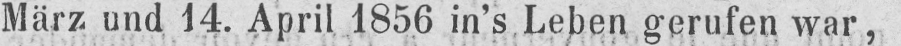
März und 14. April 1856 in’s Leben gerufen war,